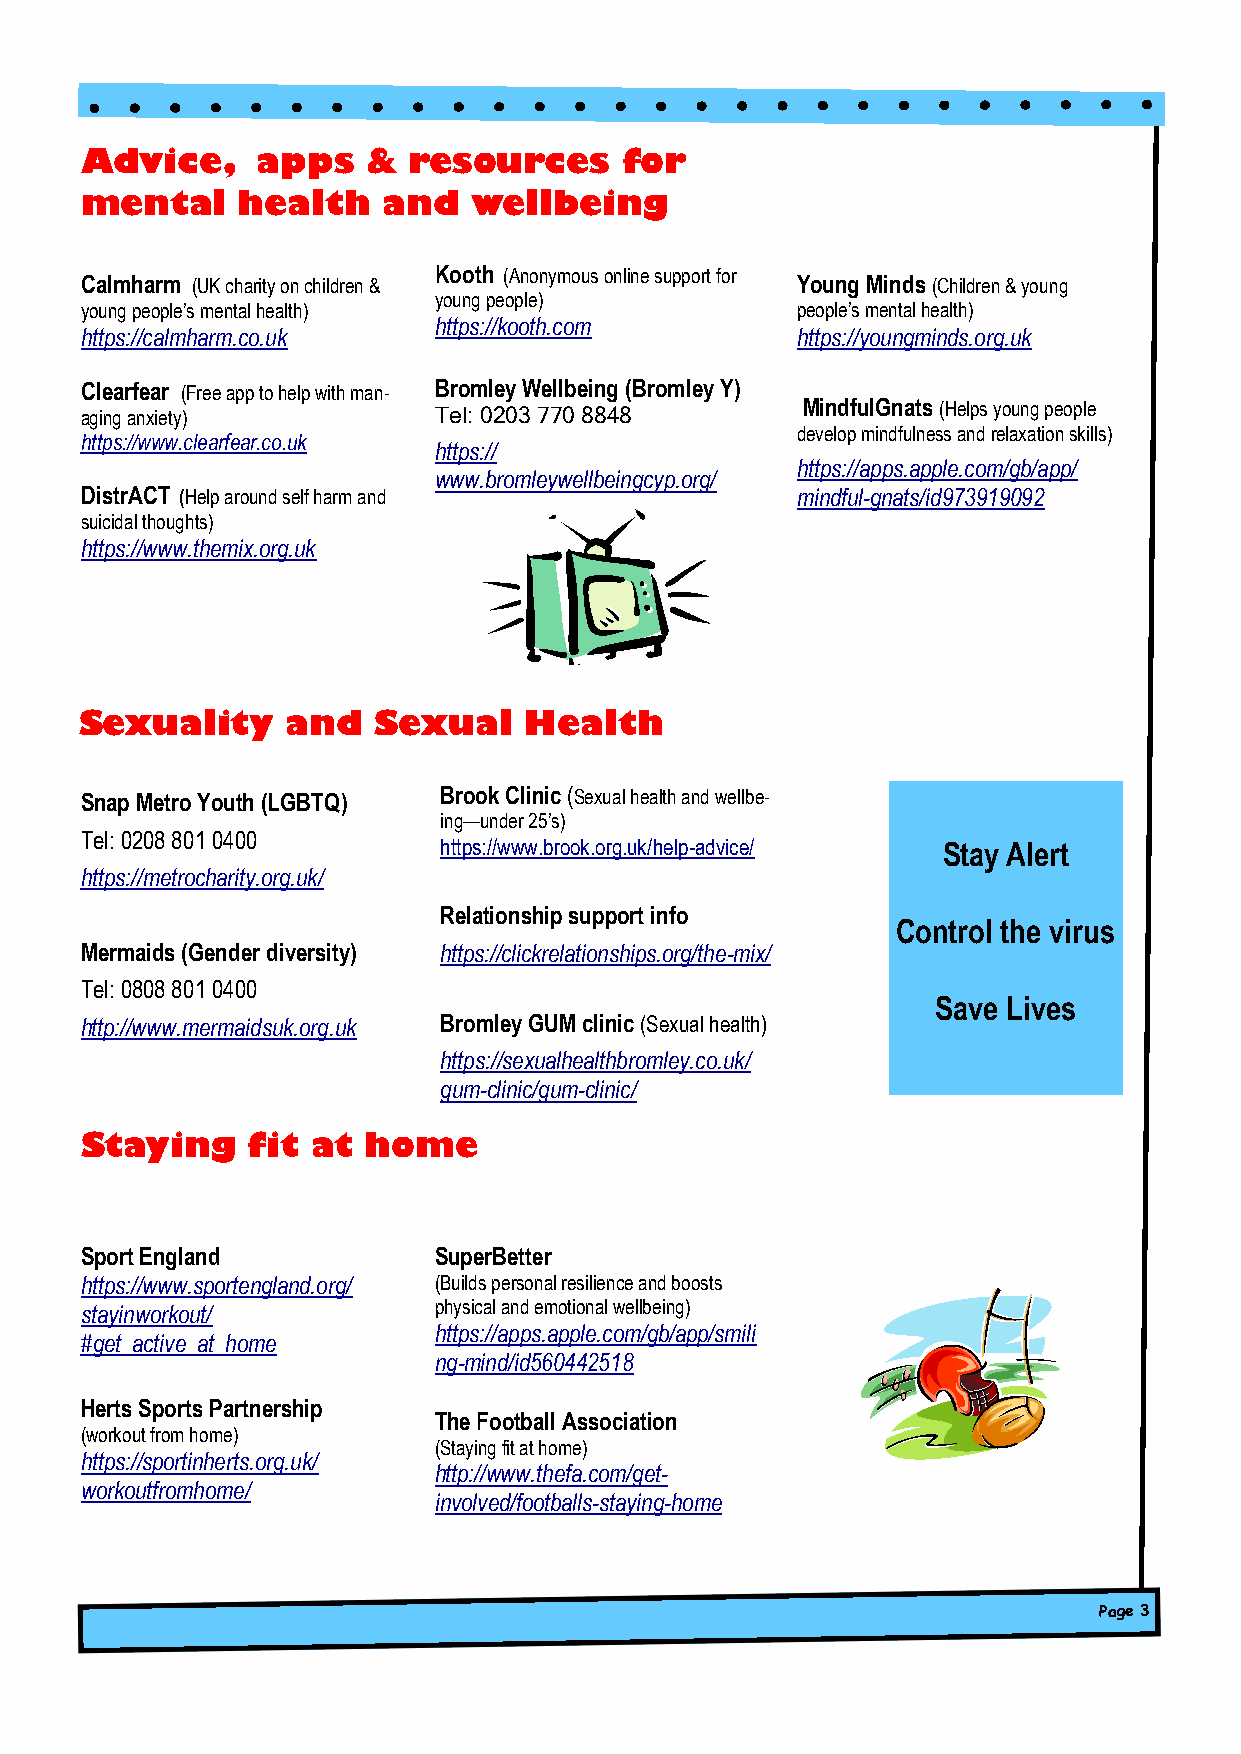
Advice,     apps   &  resources     for
 mental     health   and   wellbeing
 Kooth (Anonymous online support for
 Calmharm (UK charity on children &              Young Minds (Children & young
 young people)
 young people’s mental health)                   people’s mental health)
 https://kooth.com
 https://calmharm.co.uk                          https://youngminds.org.uk
 Clearfear (Free app to help with man- Bromley Wellbeing (Bromley Y)
 MindfulGnats (Helps young people
 aging anxiety)          Tel: 0203 770 8848
 develop mindfulness and relaxation skills)
 https://www.clearfear.co.uk
 https://
 https://apps.apple.com/gb/app/
 www.bromleywellbeingcyp.org/
 DistrACT (Help around self harm and             mindful-gnats/id973919092
 suicidal thoughts)
 https://www.themix.org.uk
 Sexuality     and   Sexual    Health
 Snap Metro Youth (LGBTQ) Brook Clinic (Sexual health and wellbe-
 ing—under 25’s)
 Tel: 0208 801 0400
 https://www.brook.org.uk/help-advice/ Stay Alert
 https://metrocharity.org.uk/
 Relationship support info
 Control the virus
 Mermaids (Gender diversity) https://clickrelationships.org/the-mix/
 Tel: 0808 801 0400
 Save Lives
 http://www.mermaidsuk.org.uk Bromley GUM clinic (Sexual health)
 https://sexualhealthbromley.co.uk/
 gum-clinic/gum-clinic/
 Staying    fit  at home
 Sport England           SuperBetter
 https://www.sportengland.org/ (Builds personal resilience and boosts
 stayinworkout/          physical and emotional wellbeing)
 https://apps.apple.com/gb/app/smili
 #get_active_at_home
 ng-mind/id560442518
 Herts Sports Partnership
 The Football Association
 (workout from home)
 (Staying fit at home)
 https://sportinherts.org.uk/
 http://www.thefa.com/get-
 workoutfromhome/
 involved/footballs-staying-home
 Page 3